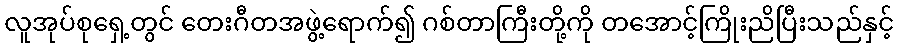
လူအုပ်စုရှေ့တွင် တေးဂီတအဖွဲ့ရောက်၍ ဂစ်တာကြီးတို့ကို တအောင့်ကြိုးညိပြီးသည်နှင့်